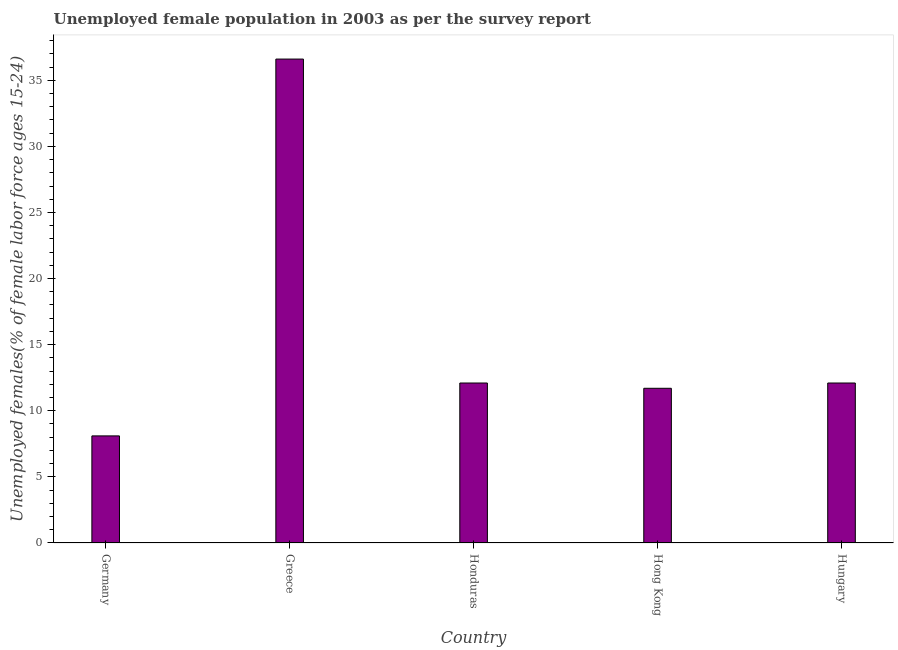
| Country | Unemployment youth female |
 | --- | --- |
 | Germany | 8.1 |
 | Greece | 36.6 |
 | Honduras | 12.1 |
 | Hong Kong | 11.7 |
 | Hungary | 12.1 |